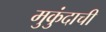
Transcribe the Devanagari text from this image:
मुकुंदाची